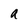
Character: a